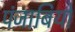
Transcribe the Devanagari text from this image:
पंजाबियो